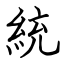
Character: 統